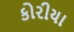
કોરીયા